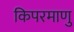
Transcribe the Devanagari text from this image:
किपरमाणु